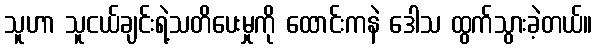
သူဟာ သူငယ်ချင်းရဲ့သတိပေးမှုကို ထောင်းကနဲ ဒေါသ ထွက်သွားခဲ့တယ်။